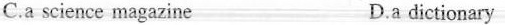
C.a science magazine D.a dictionary